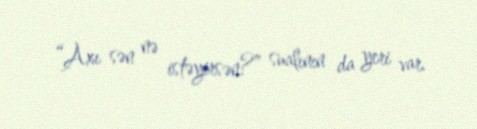
“Axı sən nə istəyirsən?” sualının da yeri var.